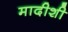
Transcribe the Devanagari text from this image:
मादीशी